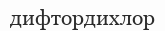
дифтордихлор